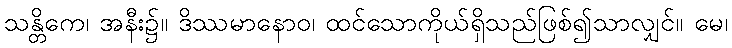
သန္တိကေ၊ အနီး၌။ ဒိဿမာနောဝ၊ ထင်သောကိုယ်ရှိသည်ဖြစ်၍သာလျှင်။ မေ၊